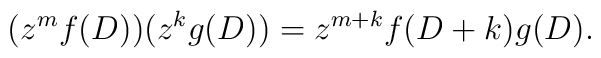
( z^m f ( D ) ) ( z^k g ( D ) ) =  z^{m + k} f ( D + k ) g ( D ).